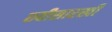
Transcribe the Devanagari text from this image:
छ्बीसारखी